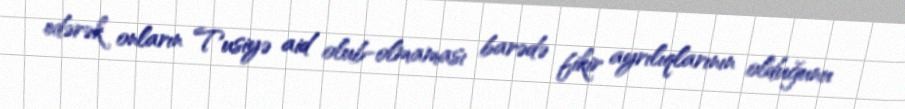
edərək onların Tusiyə aid olub-olmaması barədə fikir ayrılıqlarının olduğunu